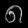
Digit: ၈